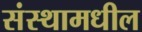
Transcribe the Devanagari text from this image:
संस्थामधील